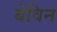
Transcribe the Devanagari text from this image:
बेविन